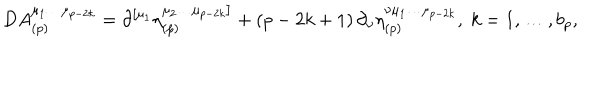
D A _ { ( p ) } ^ { \mu _ { 1 } \ldots \mu _ { p - 2 k } } = \partial ^ { \left[ \mu _ { 1 } \right. } \eta _ { ( p ) } ^ { \left. \mu _ { 2 } \ldots \mu _ { p - 2 k } \right] } + \left( p - 2 k + 1 \right) \partial _ { \nu } \eta _ { ( p ) } ^ { \nu \mu _ { 1 } \ldots \mu _ { p - 2 k } } , \; k = 1 , \ldots , b _ { p } ,